65_HS1-834228961_62-HQ-83894_Section_1
Agency: FBI
Page 80
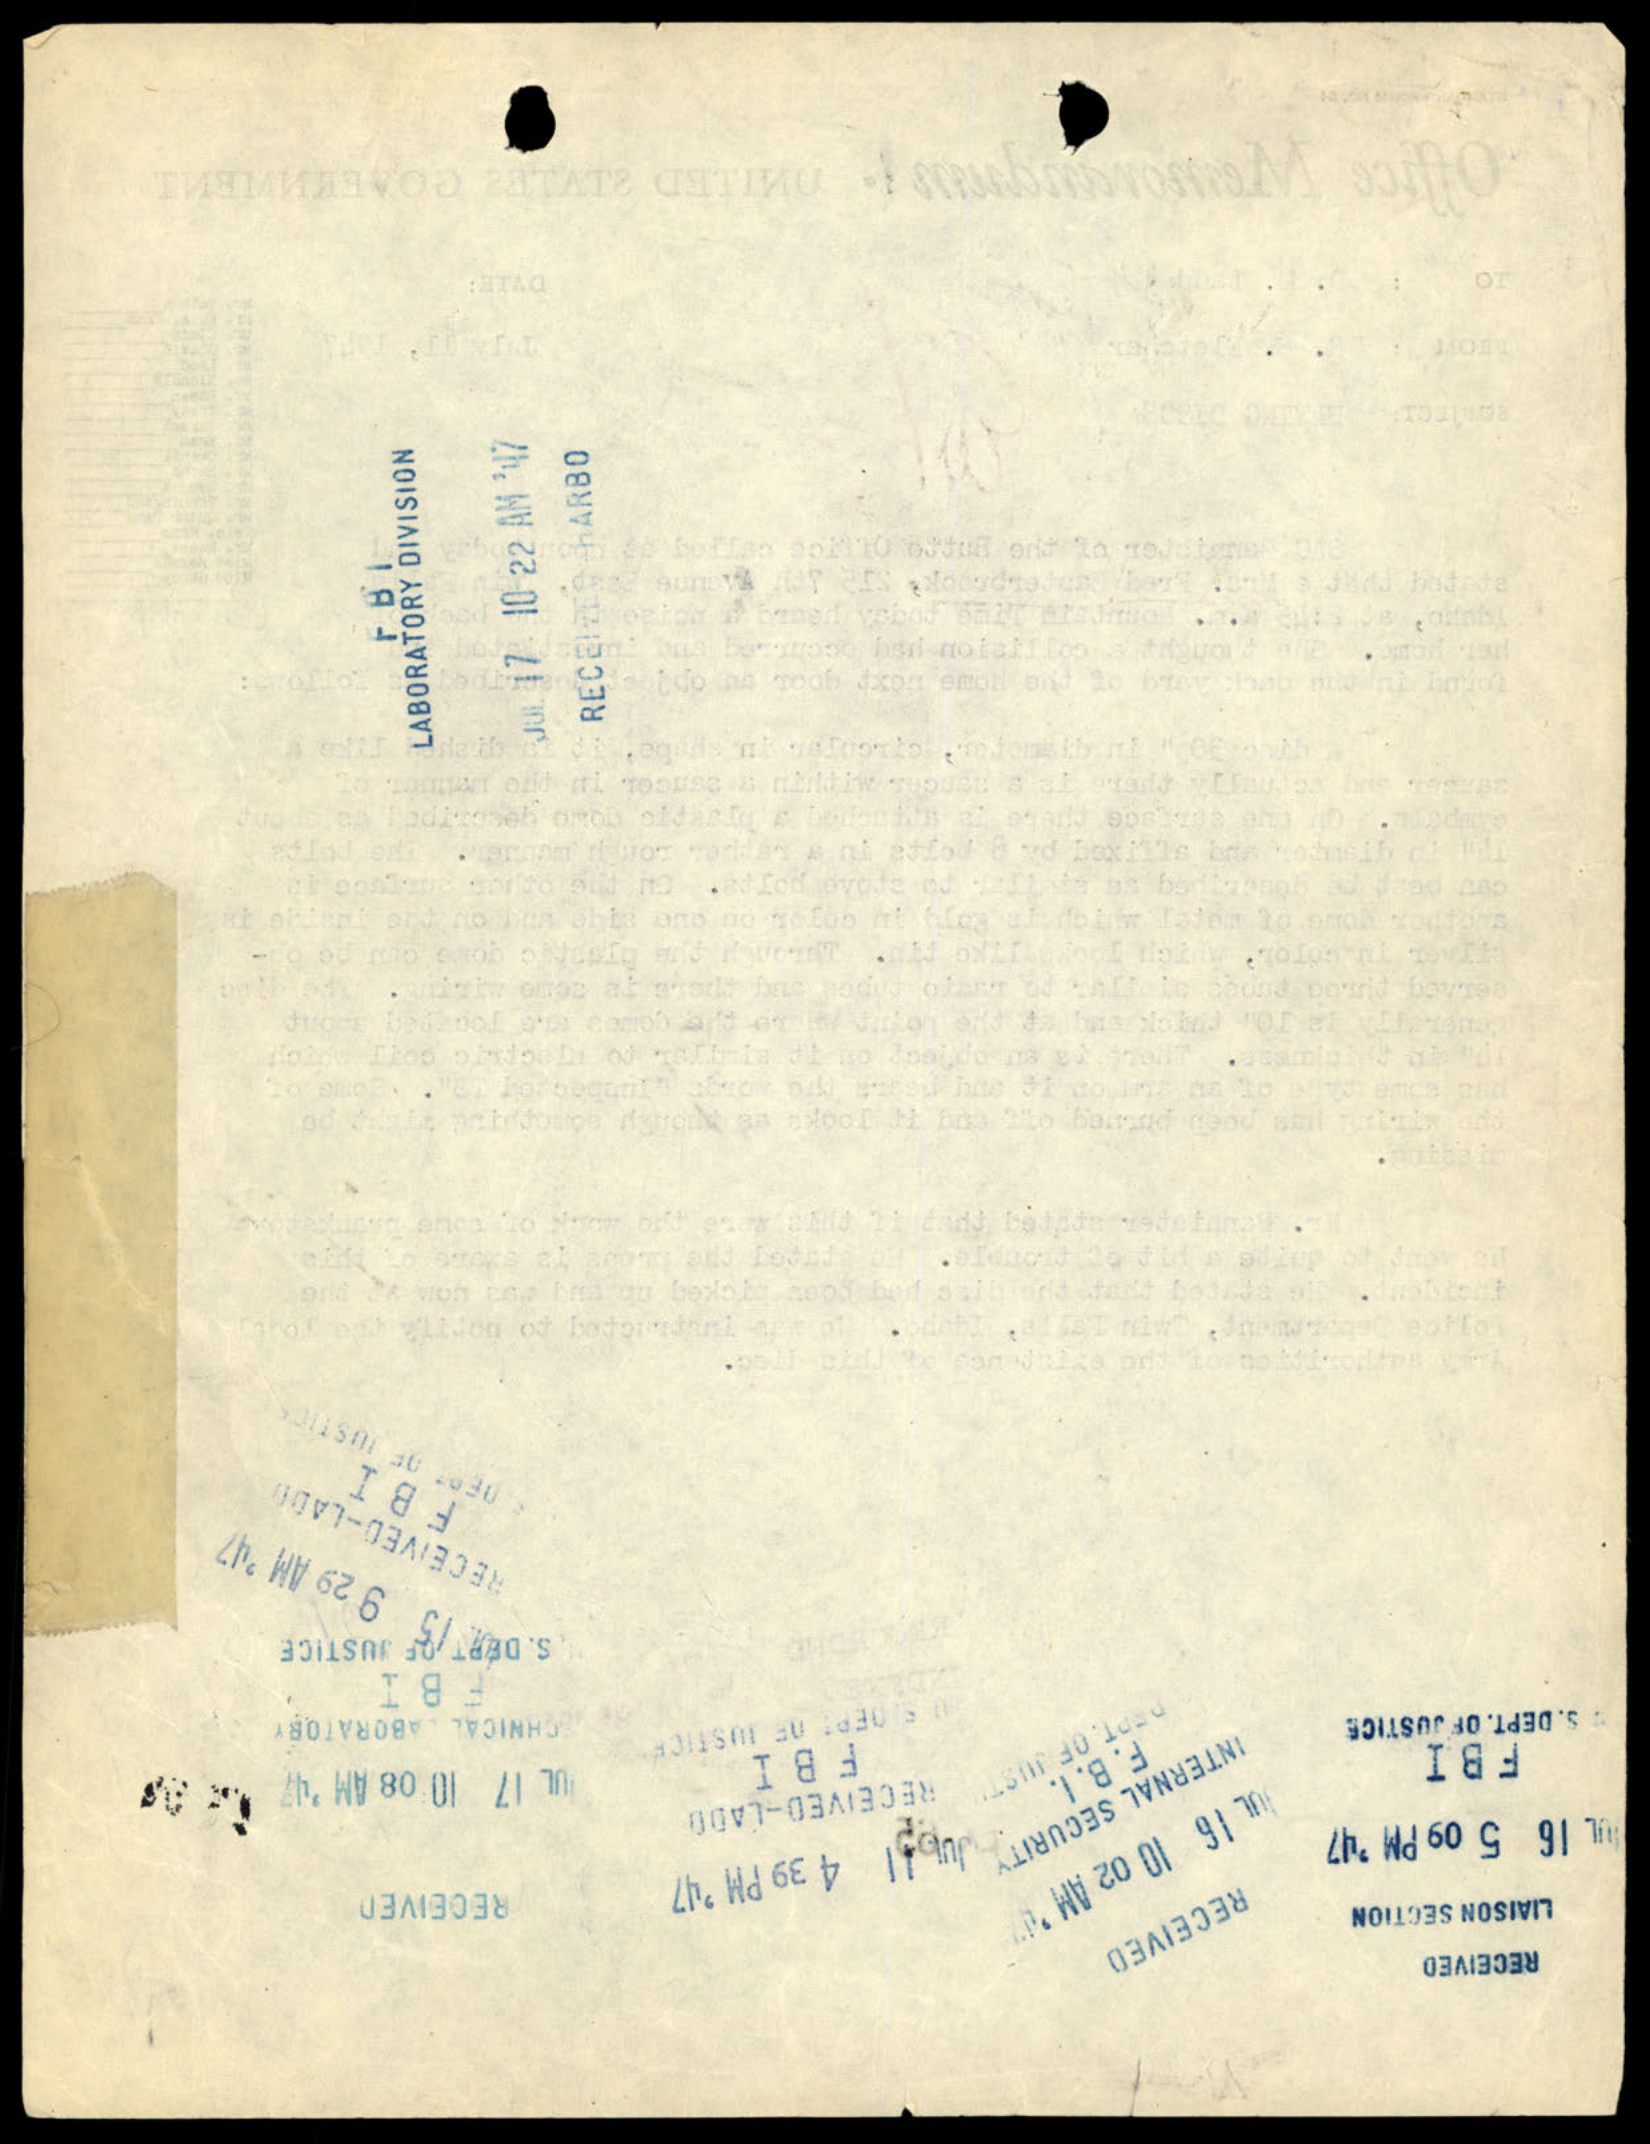